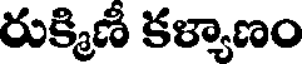
రుక్మిణీ కళ్యాణం